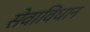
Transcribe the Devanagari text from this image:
सेवाविधान